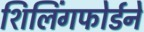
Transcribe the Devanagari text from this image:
शिलिंगफोर्डने